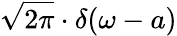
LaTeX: {\sqrt{2\pi}}\cdot\delta(\omega-a)